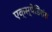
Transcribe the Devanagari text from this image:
एक्स्पेडिशंस